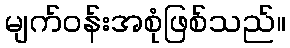
မျက်ဝန်းအစုံဖြစ်သည်။